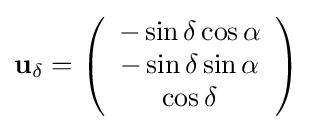
\mathbf {u} _{\delta }=\left({\begin{array}{c}-\sin \delta \cos \alpha \\-\sin \delta \sin \alpha \\\cos \delta \end{array}}\right)